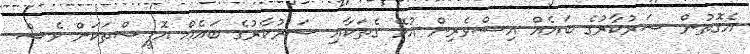
އެގޮތުން ސަރުކާރުގެ ބައެއް އިސްވެރިން އުޅޭ ގެތަކާއި ސަރުކާރުގެ ބައެއް އޮފީސްތަކަށް ވެސް